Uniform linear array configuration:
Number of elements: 12
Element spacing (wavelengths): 1
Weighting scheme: hann
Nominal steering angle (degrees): -45
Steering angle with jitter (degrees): -43.072
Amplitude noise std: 0.05
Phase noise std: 0.05

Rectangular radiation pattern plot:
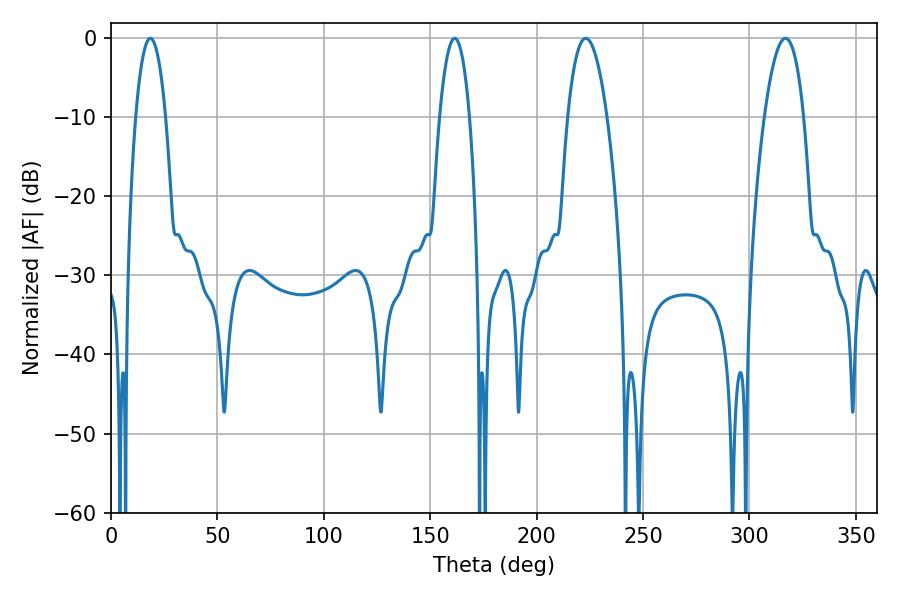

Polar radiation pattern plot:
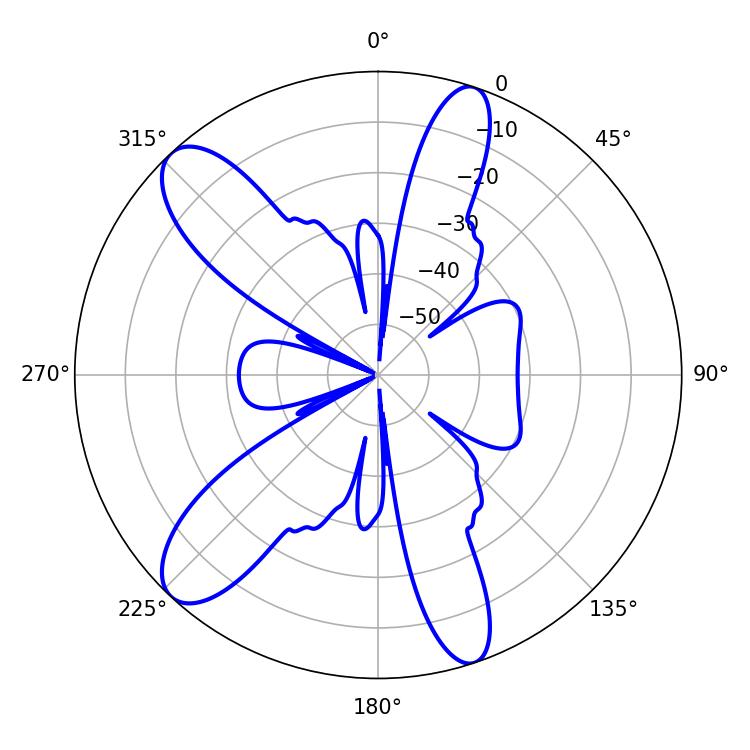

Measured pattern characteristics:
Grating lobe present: TRUE
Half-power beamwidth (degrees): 10.26
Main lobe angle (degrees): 223.02